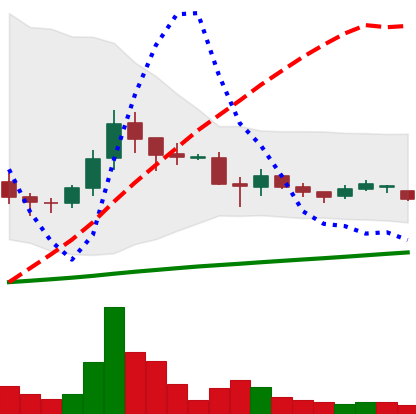
Ticker: DOGE-USD
Chart end date: 2021-06-16
Forward return: -41.938%
Label: down_7plus